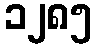
၁၂၈၅